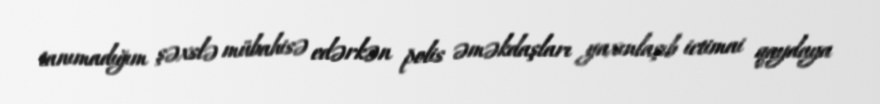
tanımadığım şəxslə mübahisə edərkən polis əməkdaşları yaxınlaşıb ictimai qaydaya